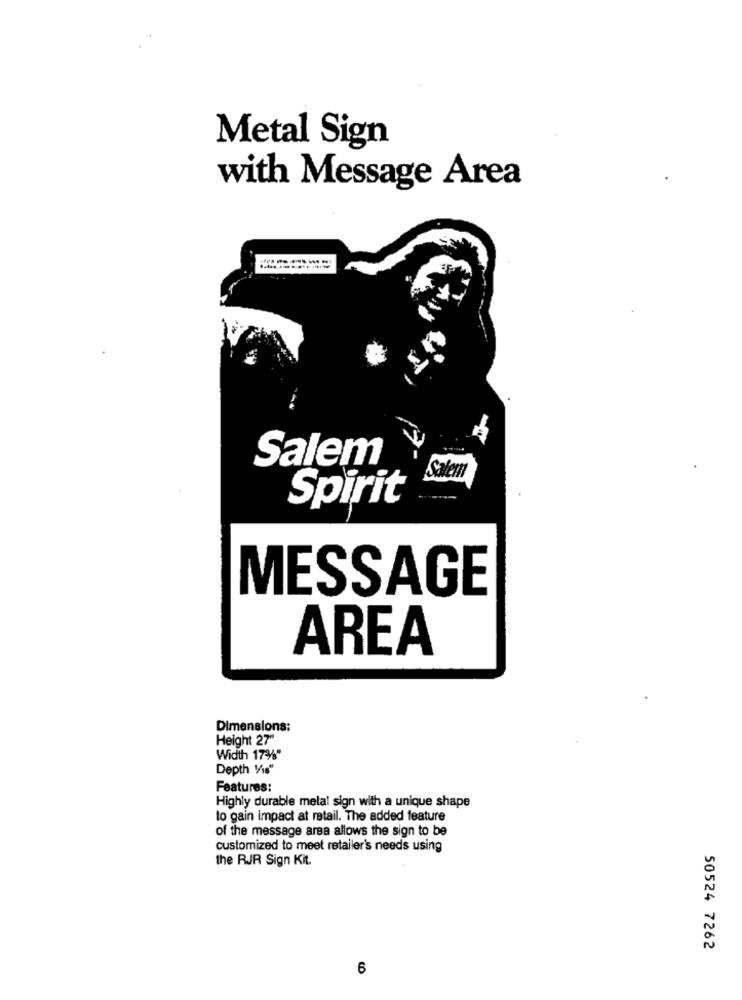
Metal Sign
with Message Area
Salem
Salem
Spirit
MESSAGE
AREA
Dimensions:
Height 27"
Width 17%"
Depth Vis"
Features:
Highly durable melal sign with a unique shape
to gain impact at retail. The added feature
of the message area allows the sign to be
customized to meet retailer's needs using
the RJR Sign Kit.
50524 7262
6